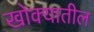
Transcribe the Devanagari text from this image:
खोक्यातील